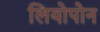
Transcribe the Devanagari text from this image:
लियोपोन